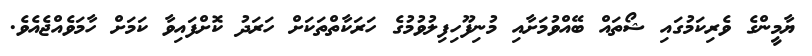
ޔާމީންގެ ވެރިކަމުގައި ޝޯތައް ބޭއްވުމަށާއި މުނިފޫހިފިލުވުމުގެ ހަރަކާތްތަކަށް ހަރަދު ކޮށްފައިވާ ކަމަށް ހާމަވެއްޖެއެވެ.